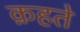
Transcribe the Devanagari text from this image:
क़हते